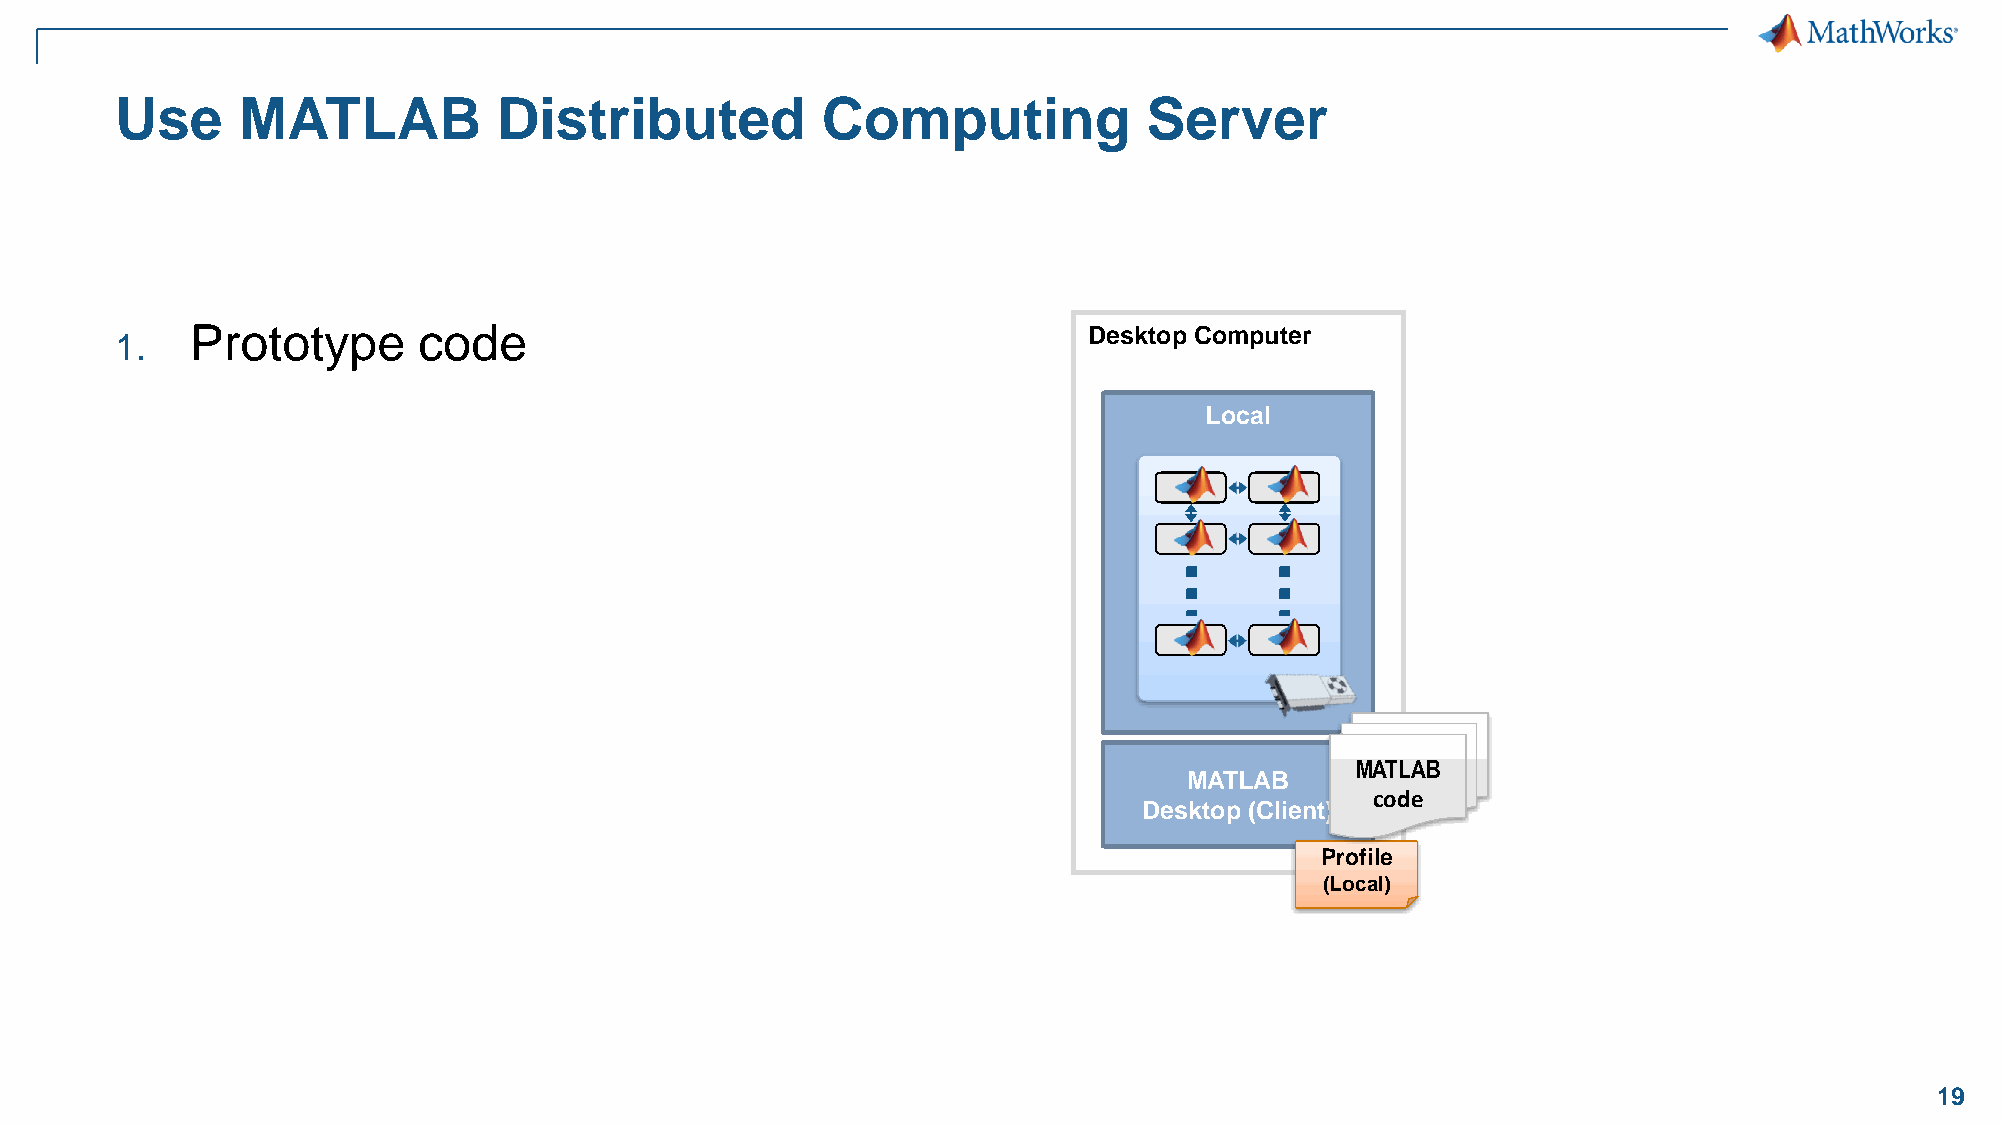
Use     MATLAB           Distributed          Computing             Server
 1.   Prototype      code                                        Desktop Computer
 Local
 MATLAB
 MATLAB
 code
 Desktop (Client)
 Profile
 (Local)
 19